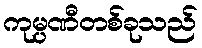
ကုမ္ပဏီတစ်ခုသည်